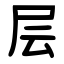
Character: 层